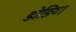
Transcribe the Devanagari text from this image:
डोडिया